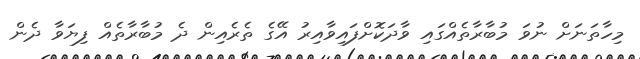
މިހާތަނަށް ނުވަ މުބާރާތެއްގައި ވާދަކޮށްފައިވާއިރު އޭގެ ތެރެއިން ދެ މުބާރާތެއް ފިޔަވާ ދެން